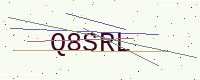
Text: Q8SRL